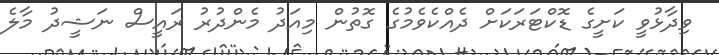
ވިދާޅުވީ ކަށީގެ ޑޮކްޓަރަކަށް ދެއްކެވެމުގެ ގޮތުން މިއަދު މެންދުރު ރައީސް ނަޝީދު މާލެ